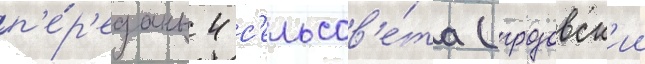
п'е́р'еданы 4 с'ельсов'е́та (грозовск'ии